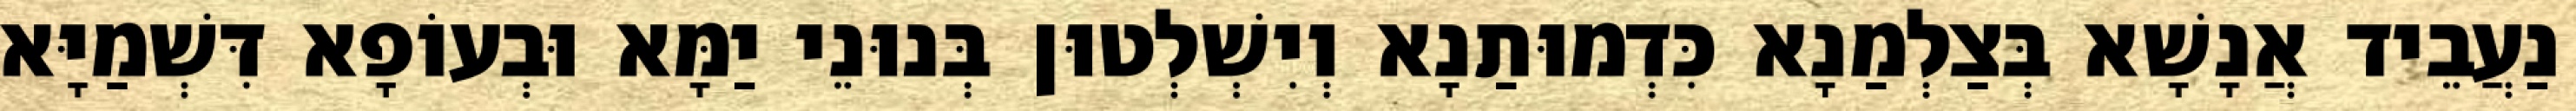
נַעֲבֵיד אֲנָשָׁא בְּצַלְמַנָא כִּדְמוּתַנָא וְיִשְׁלְטוּן בְּנוּנֵי יַמָּא וּבְעוֹפָא דִּשְׁמַיָּא